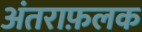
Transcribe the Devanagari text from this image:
अंतराफ़लक